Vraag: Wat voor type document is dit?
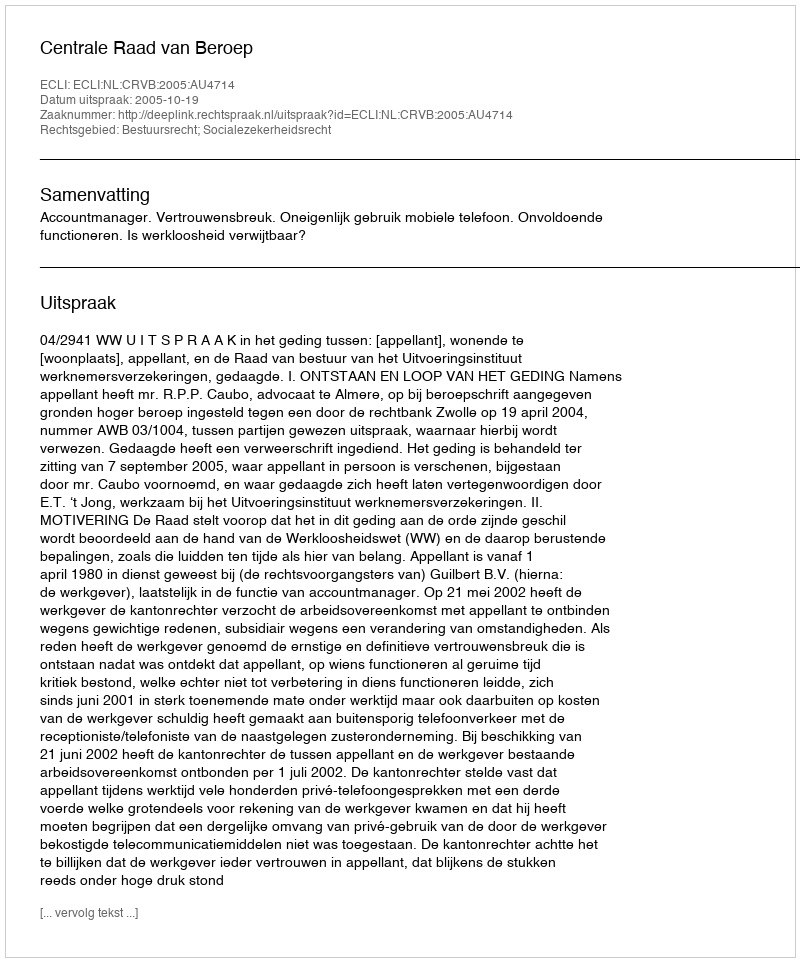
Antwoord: Uitspraak